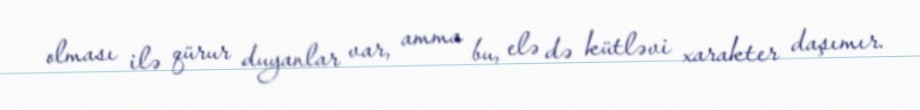
olması ilə qürur duyanlar var, amma bu, elə də kütləvi xarakter daşımır.